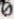
0